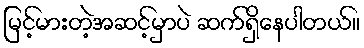
မြင့်မားတဲ့အဆင့်မှာပဲ ဆက်ရှိနေပါတယ်။